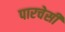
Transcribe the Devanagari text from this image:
पारचेसी